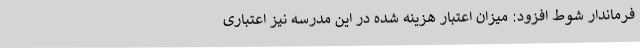
فرماندار شوط افزود: میزان اعتبار هزینه شده در این مدرسه نیز اعتباری